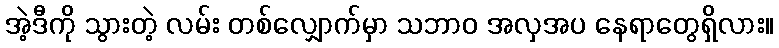
အဲ့ဒီကို သွားတဲ့ လမ်း တစ်လျှောက်မှာ သဘာဝ အလှအပ နေရာတွေရှိလား။